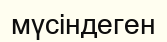
мүсіндеген